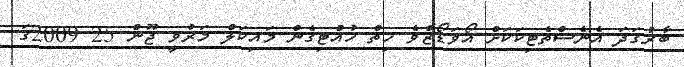
ބާރުގަދަ އެނެސްތެޓިކަކަށް އޯވަޑޯޒްވެ ހިތް ހުއްޓިގެން މައިކަލް މަރުވީ ޖޫން 25 2009ގަ